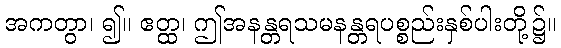
အကတွာ၊ ၍။ ဧတ္ထ၊ ဤအနန္တရသမနန္တရပစ္စည်းနှစ်ပါးတို့၌။